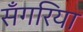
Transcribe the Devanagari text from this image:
सँगरिया